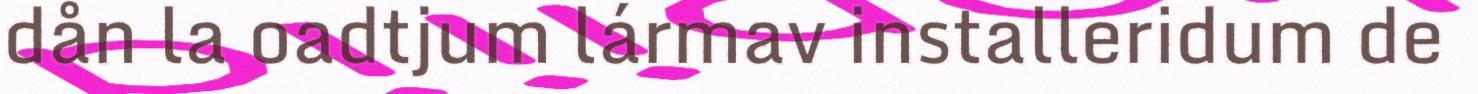
dån la oadtjum lármav installeridum de